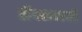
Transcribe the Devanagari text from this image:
डोंगरावरची